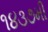
૧૪૩૭મી